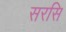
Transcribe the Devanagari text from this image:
सरसि